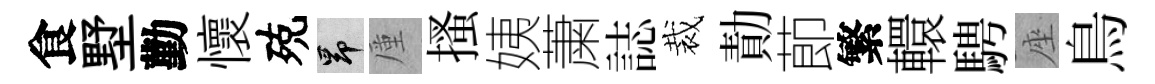
食墅勤懷殑昂厪搔姨䔥誌裁勣莭繁轘騁座鳥